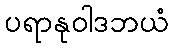
ပရာနုဝါဒဘယံ